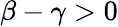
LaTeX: \beta-\gamma>0